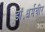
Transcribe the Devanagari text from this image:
डॉ॰धर्मवीर